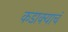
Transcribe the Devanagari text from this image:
कडाक्याचं